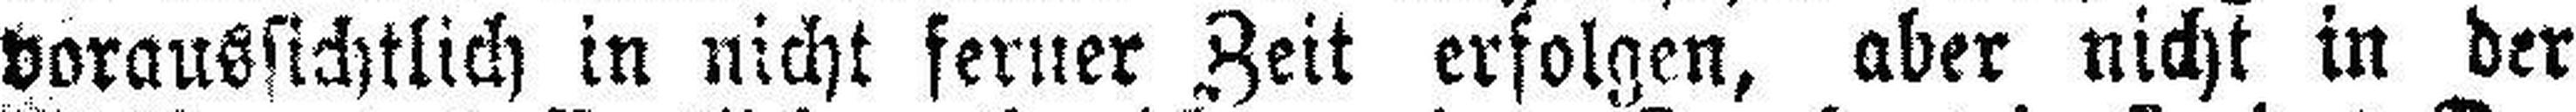
voraussichtlich in nicht ferner Zeit erfolgen, aber nicht in der